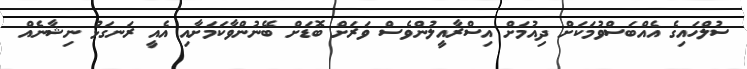
ސުލްހައިގެ އެއްބަސްވުމަކަށް ދިއުމަށް އިސްރާއީލުންވެސް ވަރަށް ބޮޑަށް ބޭނުންވާކަމަށާއި އެއީ ރަނގަޅު ނިޝާނެއް